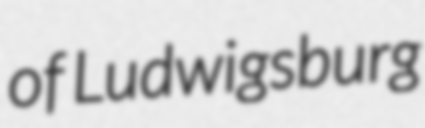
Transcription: of Ludwigsburg